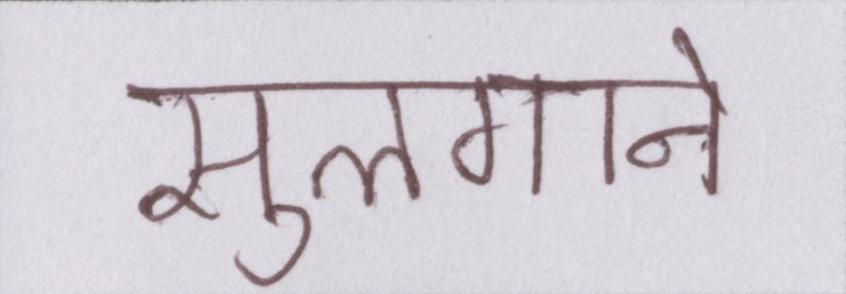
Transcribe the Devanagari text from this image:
सुलगाने